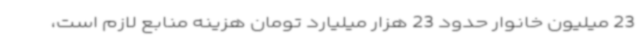
23 میلیون خانوار حدود 23 هزار میلیارد تومان هزینه منابع لازم است،